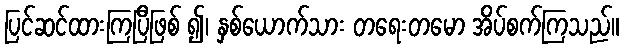
ပြင်ဆင်ထားကြပြီဖြစ် ၍၊ နှစ်ယောက်သား တရေးတမော အိပ်စက်ကြသည်။